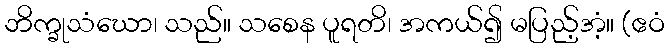
ဘိက္ခုသံဃော၊ သည်။ သစေန ပူရတိ၊ အကယ်၍ မပြည့်အံ့။ (ဧဝံ